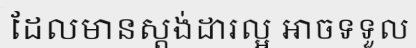
ដែលមានស្តង់ដារល្អ អាចទទួល